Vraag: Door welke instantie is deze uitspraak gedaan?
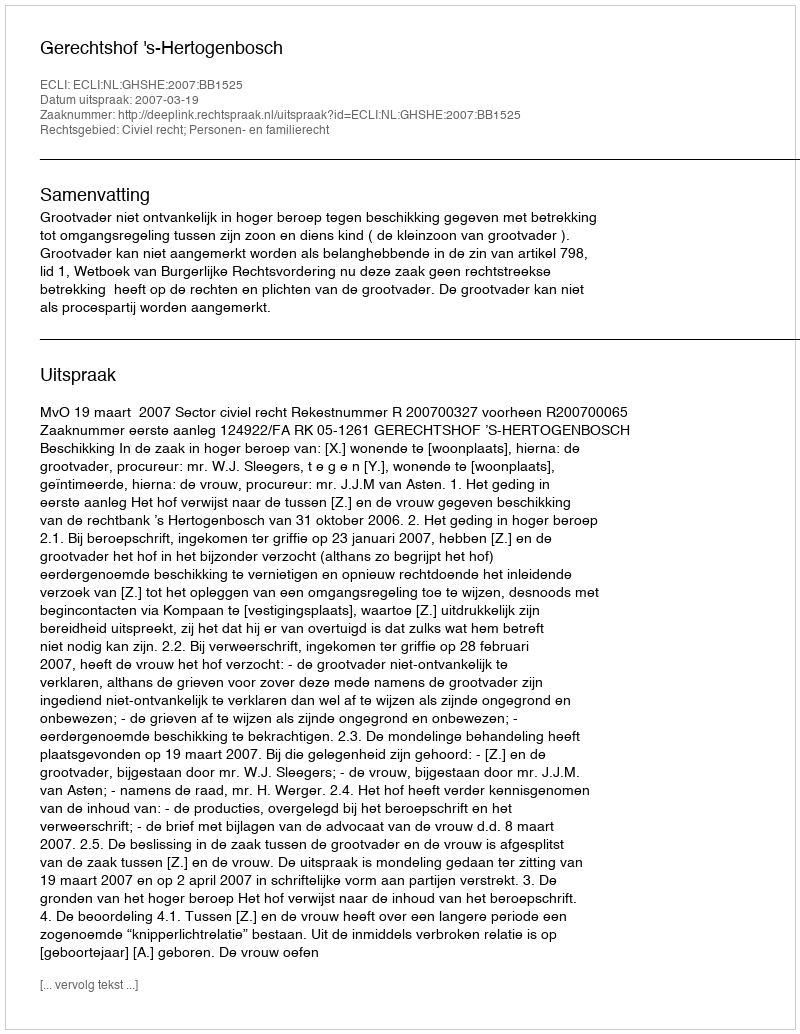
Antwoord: Gerechtshof 's-Hertogenbosch